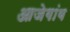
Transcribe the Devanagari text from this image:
आजेगांव